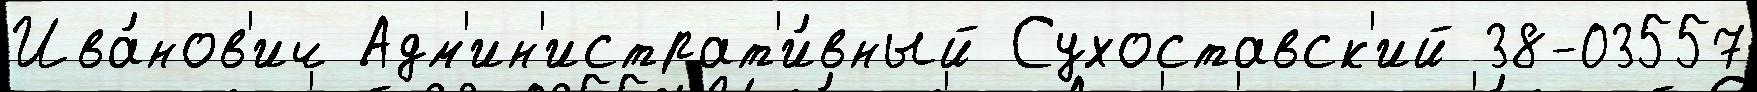
Ива́нов'ич Адм'ин'истрат'и́вный Сухоставск'ий 38-03557